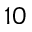
1 0